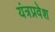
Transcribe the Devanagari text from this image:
यंत्रप्रवेश